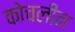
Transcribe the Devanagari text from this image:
कोचलीन